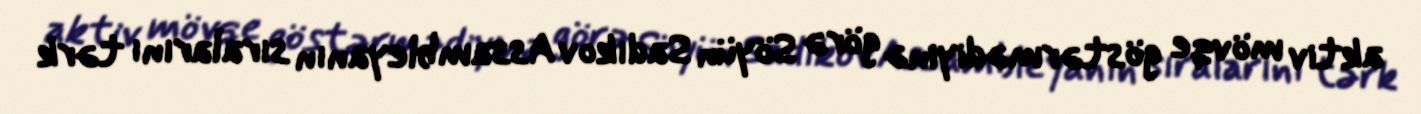
aktiv mövqe göstərmədiyinə görə Söyün Sadıkov Assambleyanın sıralarını tərk